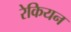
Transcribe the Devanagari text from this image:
रेकियन